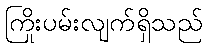
ကြိုးပမ်းလျက်ရှိသည်